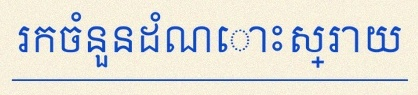
រកចំនួនដំណោះស្រាយ